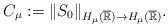
\begin{align*}C_{\mu} := \|S_{0}\|_{H_{\mu}(\overline{\mathbb R}) \rightarrow H_{\mu}(\overline{\mathbb R})}.\end{align*}